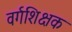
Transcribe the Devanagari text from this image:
वर्गशिक्षक